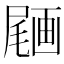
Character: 𡳒